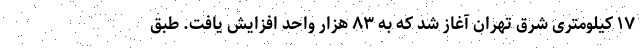
۱۷ کیلومتری شرق تهران آغاز شد که به ۸۳ هزار واحد افزایش یافت. طبق